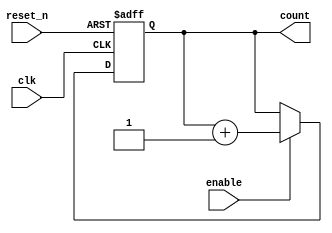
module BinaryCounter
#(parameter WIDTH=64)
(
    input clk, enable, reset_n,
    output reg [WIDTH-1:0] count
);

    // Reset if needed, or increment if counting is enabled
    always @ (posedge clk or negedge reset_n)
    begin
        if (!reset_n)
            count <= 0;
        else if (enable == 1'b1)
            count <= count + 1;
    end

endmodule